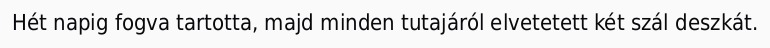
Hét napig fogva tartotta, majd minden tutajáról elvetetett két szál deszkát.